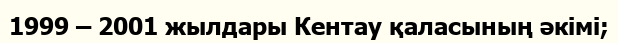
1999 – 2001 жылдары Кентау қаласының әкімі;